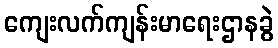
ကျေးလက်ကျန်းမာရေးဌာနခွဲ